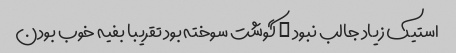
استیک زیاد جالب نبود … گوشت سوخته بود تقریبا بفیه خوب بودن